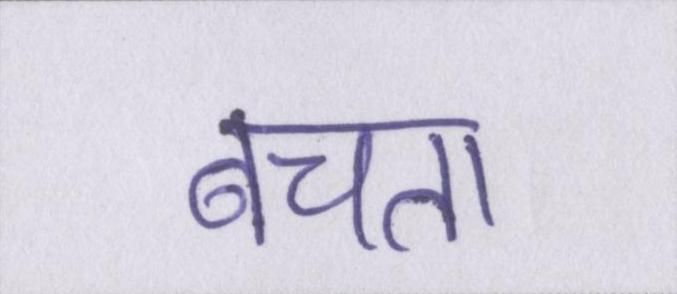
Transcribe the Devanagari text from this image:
बचता